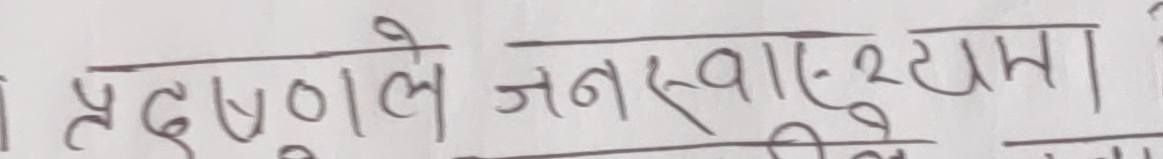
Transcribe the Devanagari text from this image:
प्रदूषणले जनस्वास्थ्यमा